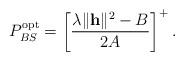
LaTeX: \begin{align*}P_{BS}^{\textrm{opt}} = \left[\frac{\lambda \|\mathbf{h}\|^{2} - B}{2 A}\right]^{+}.\end{align*}